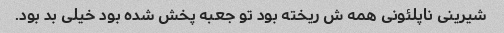
شیرینی ناپلئونى همه ش ریخته بود تو جعبه پخش شده بود خیلی بد بود.